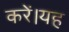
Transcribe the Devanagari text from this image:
करें।यह